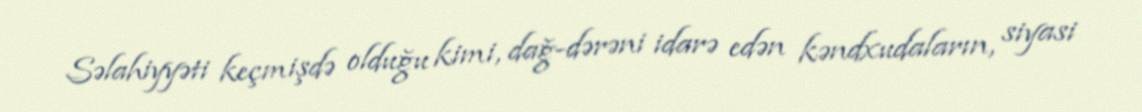
Səlahiyyəti keçmişdə olduğu kimi, dağ-dərəni idarə edən kəndxudaların, siyasi